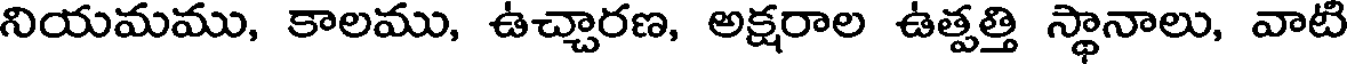
నియమము, కాలము, ఉచ్చారణ, అక్షరాల ఉత్పత్తి స్థానాలు, వాటి